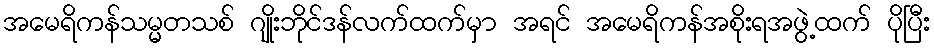
အမေရိကန်သမ္မတသစ် ဂျိုးဘိုင်ဒန်လက်ထက်မှာ အရင် အမေရိကန်အစိုးရအဖွဲ့ထက် ပိုပြီး